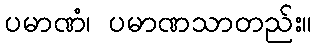
ပမာဏံ၊ ပမာဏသာတည်း။